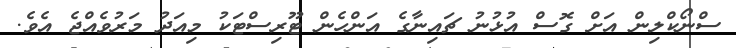
ސްނޯކްލިން އަށް ގޮސް އުޅުނު ޗައިނާގެ އަންހެން ޓޫރިސްޓަކު މިއަދު މަރުވެއްޖެ އެވެ.